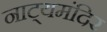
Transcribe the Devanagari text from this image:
नाट्यमंदिर